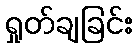
ရှုတ်ချခြင်း